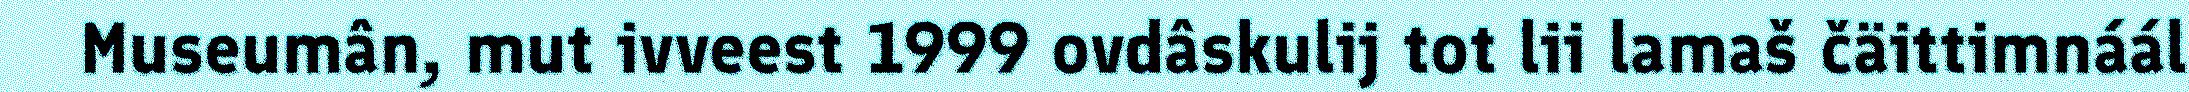
Museumân, mut ivveest 1999 ovdâskulij tot lii lamaš čäittimnáál